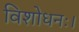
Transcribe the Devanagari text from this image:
विशोधनः।